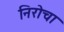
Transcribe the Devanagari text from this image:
निरोचा